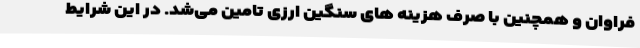
فراوان و همچنین با صرف هزینه های سنگین ارزی تامین می‌شد. در این شرایط